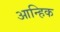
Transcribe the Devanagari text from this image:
आन्हिक